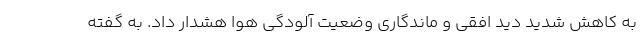
به کاهش شدید دید افقی و ماندگاری وضعیت آلودگی هوا هشدار داد. به گفته